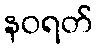
နဝရတ်